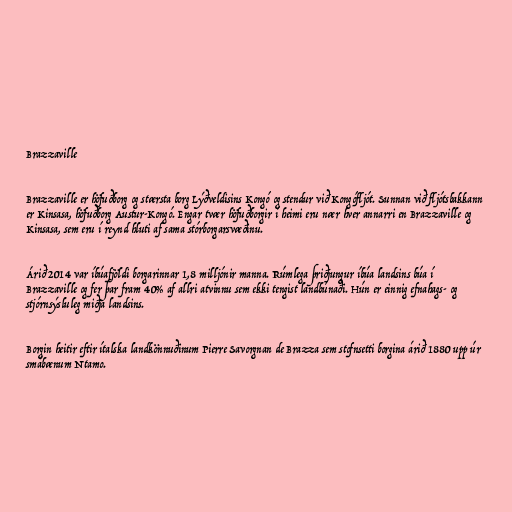
Brazzaville

Brazzaville er höfuðborg og stærsta borg Lýðveldisins Kongó og stendur við Kongófljót. Sunnan við fljótsbakkann
er Kinsasa, höfuðborg Austur-Kongó. Engar tvær höfuðborgir í heimi eru nær hver annarri en Brazzaville og
Kinsasa, sem eru í reynd hluti af sama stórborgarsvæðinu.

Árið 2014 var íbúafjöldi borgarinnar 1,8 milljónir manna. Rúmlega þriðjungur íbúa landsins búa í
Brazzaville og fer þar fram 40% af allri atvinnu sem ekki tengist landbúnaði. Hún er einnig efnahags- og
stjórnsýsluleg miðja landsins.

Borgin heitir eftir ítalska landkönnuðinum Pierre Savorgnan de Brazza sem stofnsetti borgina árið 1880 upp úr
smábænum Ntamo.